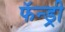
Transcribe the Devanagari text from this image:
फॅन्ड्री